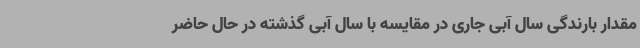
مقدار بارندگی سال آبی جاری در مقایسه با سال آبی گذشته در حال حاضر